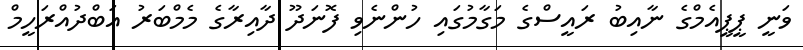
ވަނީ ޕީޕީއެމްގެ ނާއިބު ރައީސްގެ މަގާމުގައި ހުންނެވި ފޮނަދޫ ދާއިރާގެ މެމްބަރު އަބްދުއްރަހީމް